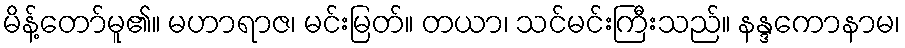
မိန့်တော်မူ၏။ မဟာရာဇ၊ မင်းမြတ်။ တယာ၊ သင်မင်းကြီးသည်။ နန္ဒကောနာမ၊